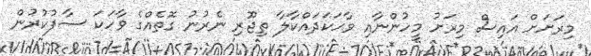
މިރަށަށް އައިސް މިރަށު މީހުންނާއި ވާހަކަދައްކާލާ ތިޖޫރި ނެރުނު ގޮތެއްގެ ވާހަކަ ސާފުކުރުން